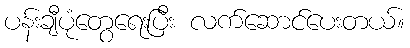
ပန်းချီပုံတွေရေးပြီး လက်ဆောင်ပေးတယ်။